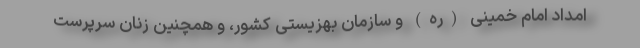
امداد امام خمینی (ره) و سازمان بهزیستی کشور، و همچنین زنان سرپرست